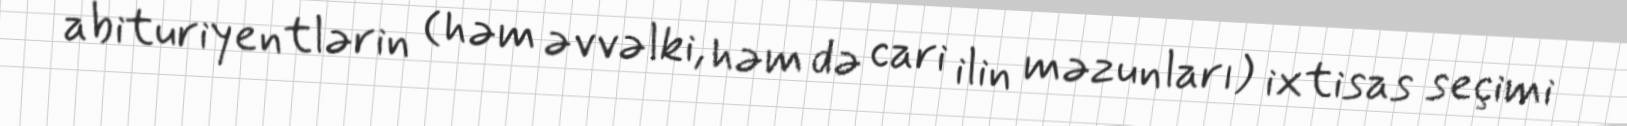
abituriyentlərin (həm əvvəlki, həm də cari ilin məzunları) ixtisas seçimi